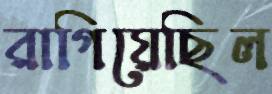
রাগিয়েছিল